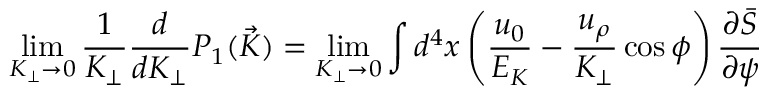
\operatorname * { l i m } _ { K _ { \perp } \to 0 } \frac { 1 } { K _ { \perp } } \frac { d } { d K _ { \perp } } P _ { 1 } ( { \vec { K } } ) = \operatorname * { l i m } _ { K _ { \perp } \to 0 } \int d ^ { 4 } x \left( \frac { u _ { 0 } } { E _ { K } } - \frac { u _ { \rho } } { K _ { \perp } } \cos \phi \right) \frac { \partial \bar { S } } { \partial \psi }